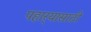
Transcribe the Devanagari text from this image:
पहार्‍यासाठी